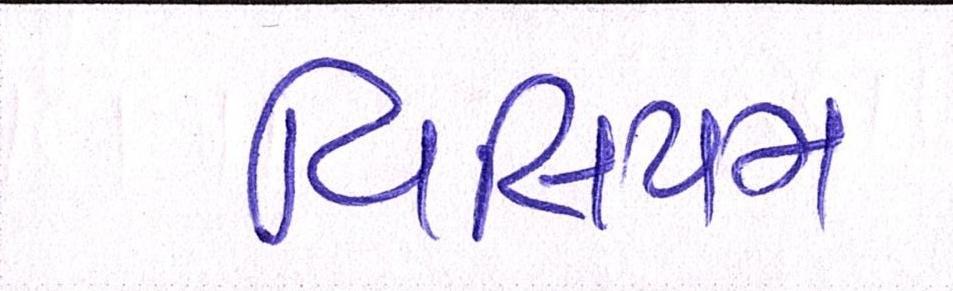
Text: વિલિયમ